Report on the working of the mental hospitals for Indians in Bihar and Orissa - 1925-1929
Year: 1925
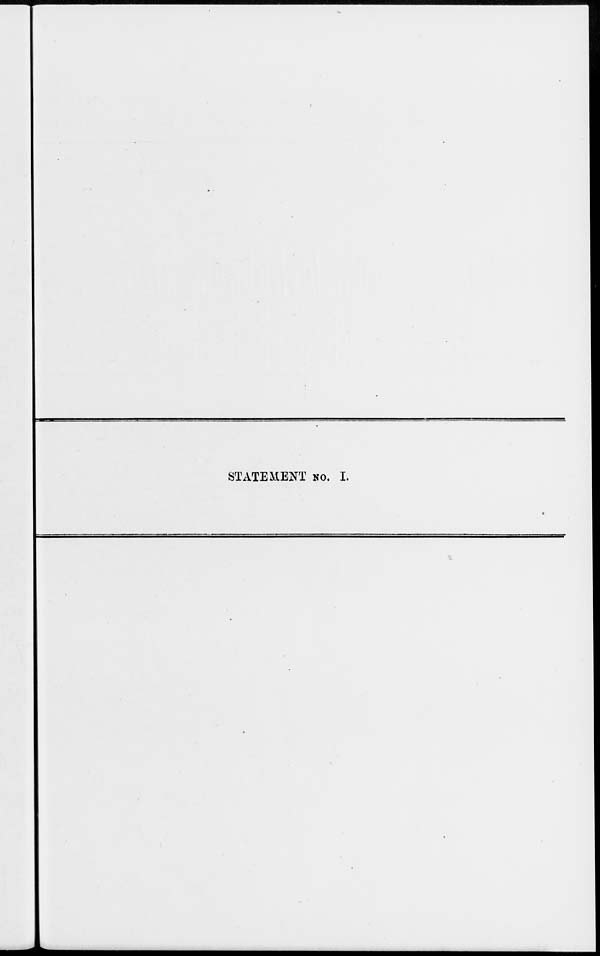
STATEMENT NO. I.